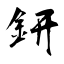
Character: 鈃